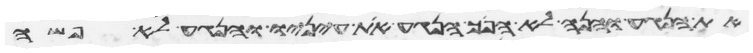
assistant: את הנגע והנה לא הפך הנגע את עיניו והנגע לא פשה